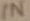
Text: IN